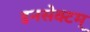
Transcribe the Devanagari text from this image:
इनसेक्टम्‌